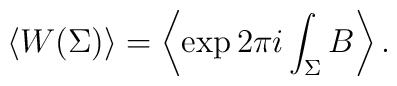
\left<W (\Sigma) \right> = \left<\exp 2 \pi i \int_\Sigma B \right> .